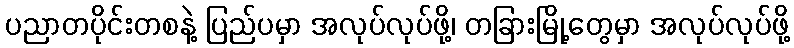
ပညာတပိုင်းတစနဲ့ ပြည်ပမှာ အလုပ်လုပ်ဖို့၊ တခြားမြို့တွေမှာ အလုပ်လုပ်ဖို့